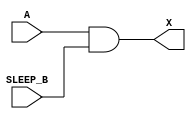
module sky130_fd_sc_hdll__inputiso0n (
    X      ,
    A      ,
    SLEEP_B
);

    // Module ports
    output X      ;
    input  A      ;
    input  SLEEP_B;

    // Module supplies
    supply1 VPWR;
    supply0 VGND;
    supply1 VPB ;
    supply0 VNB ;

    //  Name  Output  Other arguments
    and and0 (X     , A, SLEEP_B     );

endmodule